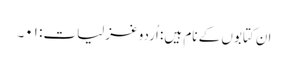
ان کتابوں کے نام ہیں: اُردو غزلیات: ۰۱۔